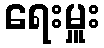
ရေးမှူး